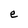
Character: e